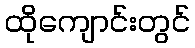
ထိုကျောင်းတွင်